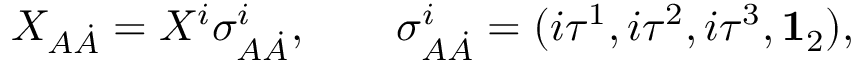
X _ { A \dot { A } } = X ^ { i } \sigma _ { A \dot { A } } ^ { i } , \qquad \sigma _ { A \dot { A } } ^ { i } = ( i \tau ^ { 1 } , i \tau ^ { 2 } , i \tau ^ { 3 } , { \bf 1 } _ { 2 } ) , \,